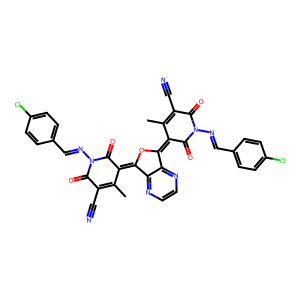
SMILES: CC1=C(C#N)C(=O)N(N=Cc2ccc(Cl)cc2)C(=O)C1=c1oc(=C2C(=O)N(N=Cc3ccc(Cl)cc3)C(=O)C(C#N)=C2C)c2nccnc12
Inhibits HIV replication: No